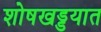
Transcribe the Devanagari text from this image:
शोषखड्डयात